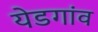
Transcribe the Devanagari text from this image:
येडगांव